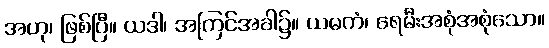
အဟု၊ ဖြစ်ပြီ။ ယဒါ၊ အကြင်အခါ၌။ ယမကံ၊ ရေမီးအစုံအစုံသော။